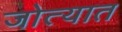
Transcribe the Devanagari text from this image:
जोत्यात